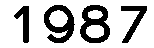
1987